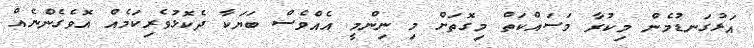
އަޅުގަނޑުމެން މިކުރާ މަސައްކަތް މިގޮތަށް މި ނިންމީ އެއްވެސް ބަޔަކާ ދެކޮޅުވެރިކަމެއް އޮވެގެންނެއް